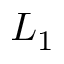
L _ { 1 }